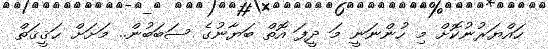
ހައްޔަރުނުކޮށް މި ހުންނަނީ މަ ދީފަ އޮތް ބަޔާނުގެ ސަބަބުން.. މަށަށް ޙަޤީޤަތް